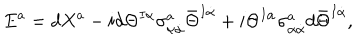
LaTeX: E ^ { a } = d X ^ { a } - i d \Theta ^ { I \alpha } \sigma _ { \alpha \dot { \alpha } } ^ { a } \bar { \Theta } ^ { I \dot { \alpha } } + i \Theta ^ { I \alpha } \sigma _ { \alpha \dot { \alpha } } ^ { a } d \bar { \Theta } ^ { I \dot { \alpha } } ,